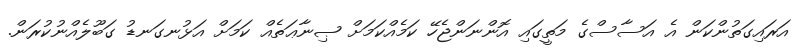
އަރައިގަތުންކަން އެ އަސާސްގެ މަތީގައި އޮންނަންޖެހޭ ކަމެއްކަމަށް ޞިނާޢަތެއް ކަމަށް އަޅުނގަނޑު ގަބޫލެއްނުކުރަން.